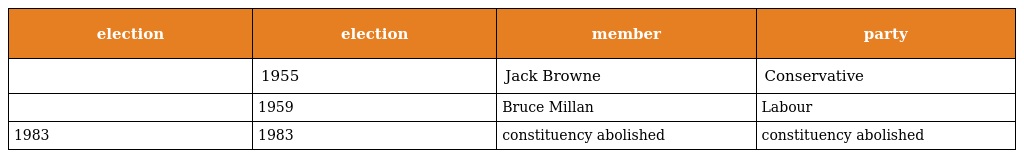
| election | election | member | party |
 | --- | --- | --- | --- |
 |  | 1955 | Jack Browne | Conservative |
 |  | 1959 | Bruce Millan | Labour |
 | 1983 | 1983 | constituency abolished | constituency abolished |